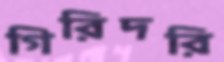
গিরিদরি